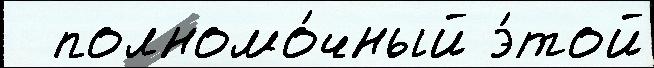
  полномо́чный э́той